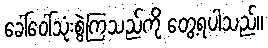
ခေါ်ဝေါ်သုံးစွဲကြသည်ကို တွေ့ရပါသည်။